Insane asylums in Bengal annual reports 1867-1875 - 1867-1875
Year: 1867
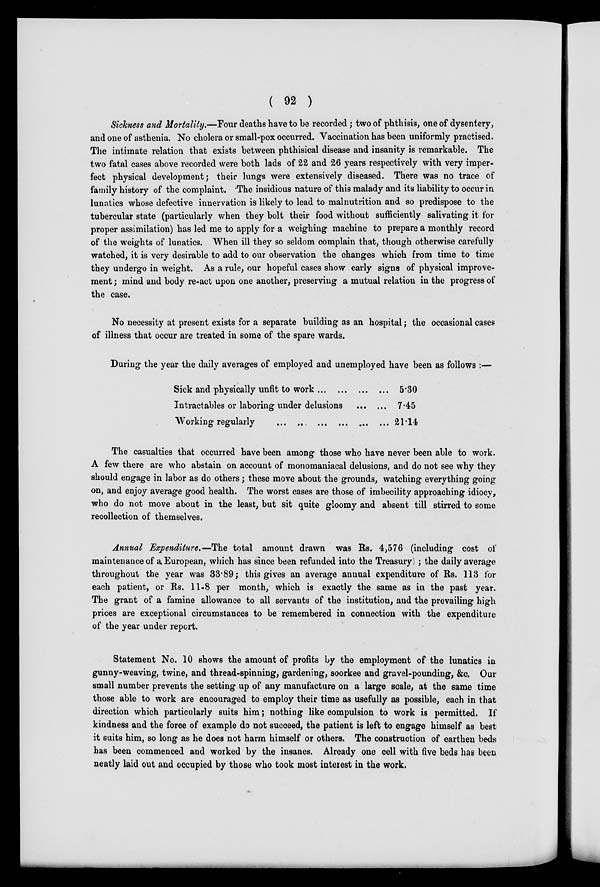
( 92 )
Sickness and Mortality.—Four deaths have to be recorded; two of phthisis, one of dysentery,
and one of asthenia. No cholera or small-pox occurred. Vaccination has been uniformly practised.
The intimate relation that exists between phthisical disease and insanity is remarkable. The
two fatal cases above recorded were both lads of 22 and 26 years respectively with very imper-
fect physical development; their lungs were extensively diseased. There was no trace of
family history of the complaint. The insidious nature of this malady and its liability to occur in
lunatics whose defective innervation is likely to lead to malnutrition and so predispose to the
tubercular state (particularly when they bolt their food without sufficiently salivating it for
proper assimilation) has led me to apply for a weighing machine to prepare a monthly record
of the weights of lunatics. When ill they so seldom complain that, though otherwise carefully
watched, it is very desirable to add to our observation the changes which from time to time
they undergo in weight. As a rule, our hopeful cases show early signs of physical improve-
ment ; mind and body re-act upon one another, preserving a mutual relation in the progress of
the case.
No necessity at present exists for a separate building as an hospital; the occasional cases
of illness that occur are treated in some of the spare wards.
During the year the daily averages of employed and unemployed have been as follows :—
Sick and physically unfit to work ... ... ... ...
Intractables or laboring under delusions ... ...
Working regularly ... ... ... ... ... ...
5.30
7.45
21.14
The casualties that occurred have been among those who have never been able to work.
A few there are who abstain on account of monomaniacal delusions, and do not see why they
should engage in labor as do others; these move about the grounds, watching everything going
on, and enjoy average good health. The worst cases are those of imbecility approaching idiocy,
who do not move about in the least, but sit quite gloomy and absent till stirred to some
recollection of themselves.
Annual Expenditure.—The total amount drawn was Rs. 4,576 (including cost of
maintenance of a. European, which has since been refunded into the Treasury) ; the daily average
throughout the year was 33.89; this gives an average annual expenditure of Rs. 113 for
each patient, or Rs. 11-8 per month, which is exactly the same as in the past year.
The grant of a famine allowance to all servants of the institution, and the prevailing high
prices are exceptional circumstances to be remembered in connection with the expenditure
of the year under report.
Statement No. 10 shows the amount of profits by the employment of the lunatics in
gunny-weaving, twine, and thread-spinning, gardening, soorkee and gravel-pounding, &c. Our
small number prevents the setting up of any manufacture on a large scale, at the same time
those able to work are encouraged to employ their time as usefully as possible, each in that
direction which particularly suits him; nothing like compulsion to work is permitted. If
kindness and the force of example do not succeed, the patient is left to engage himself as best
it suits him, so long as he does not harm himself or others. The construction of earthen beds
has been commenced and worked by the insanes. Already one cell with five beds has been
neatly laid out and occupied by those who took most interest in the work.